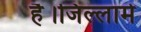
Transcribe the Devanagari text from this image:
है।जिल्लामे